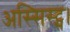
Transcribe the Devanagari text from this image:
अस्सिस्ट्स।